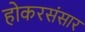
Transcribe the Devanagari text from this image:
होकरसंसार